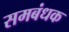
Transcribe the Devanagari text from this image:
समबंधक